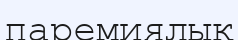
паремиялық